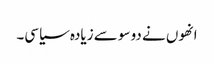
انھوں نے دو سو سے زیادہ سیاسی۔